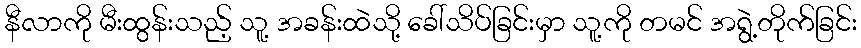
နီလာကို မီးထွန်းသည့် သူ့ အခန်းထဲသို့ ခေါ်သိပ်ခြင်းမှာ သူ့ကို တမင် အရွဲ့တိုက်ခြင်း